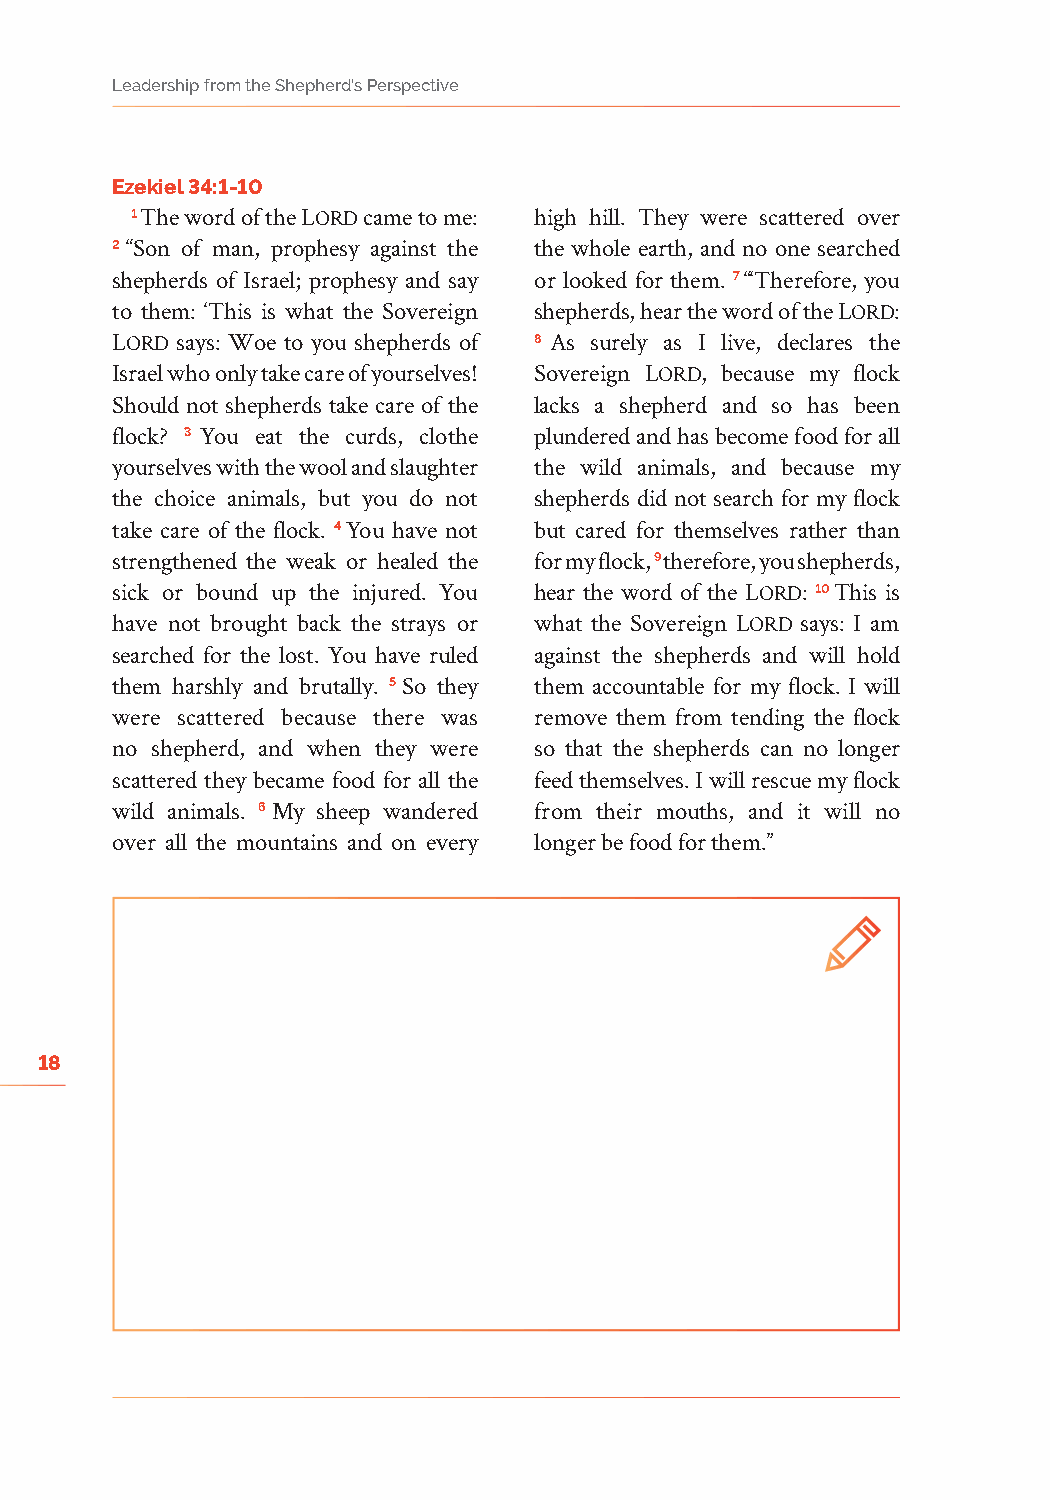
Leadership from the Shepherd’s Perspective
 Ezekiel 34:1-10
 1 The word of the Lord came to me: high hill. They were scattered over
 2 “Son of man, prophesy against the the whole earth, and no one searched
 shepherds of Israel; prophesy and say or looked for them. 7 “‘Therefore, you
 to them: ‘This is what the Sovereign shepherds, hear the word of the Lord:
 Lord says: Woe to you shepherds of 8 As surely as I live, declares the
 Israel who only take care of yourselves! Sovereign Lord, because my flock
 Should not shepherds take care of the lacks a shepherd and so has been
 flock? 3 You eat the curds, clothe plundered and has become food for all
 yourselves with the wool and slaughter the wild animals, and because my
 the choice animals, but you do not shepherds did not search for my flock
 take care of the flock. 4 You have not but cared for themselves rather than
 strengthened the weak or healed the for my flock, 9 therefore, you shepherds,
 sick or bound up the injured. You hear the word of the Lord: 10 This is
 have not brought back the strays or what the Sovereign Lord says: I am
 searched for the lost. You have ruled against the shepherds and will hold
 them harshly and brutally. 5 So they them accountable for my flock. I will
 were scattered because there was remove them from tending the flock
 no shepherd, and when they were so that the shepherds can no longer
 scattered they became food for all the feed themselves. I will rescue my flock
 wild animals. 6 My sheep wandered from their mouths, and it will no
 over all the mountains and on every longer be food for them.”
 18